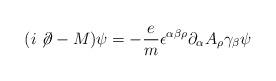
LaTeX: \begin{align*}(i\not \! \partial - M ) \psi= -\frac{e}{m} \epsilon^{\alpha\beta \rho}\partial_\alpha A_\rho \gamma_\beta \psi\end{align*}